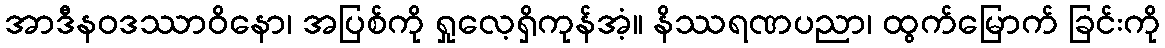
အာဒီနဝဒဿာဝိနော၊ အပြစ်ကို ရှုလေ့ရှိကုန်အံ့။ နိဿရဏပညာ၊ ထွက်မြောက် ခြင်းကို